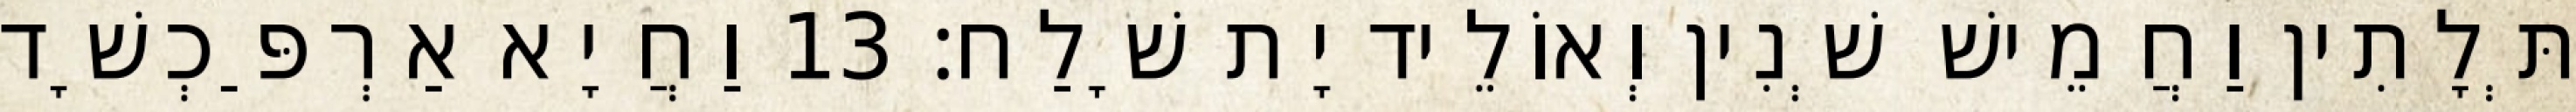
תְּלָתִין וַחֲמֵישׁ שְׁנִין וְאוֹלֵיד יָת שָׁלַח׃ 13 וַחֲיָא אַרְפַּכְשָׁד